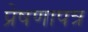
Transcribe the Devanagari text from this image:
प्रेषणापत्र